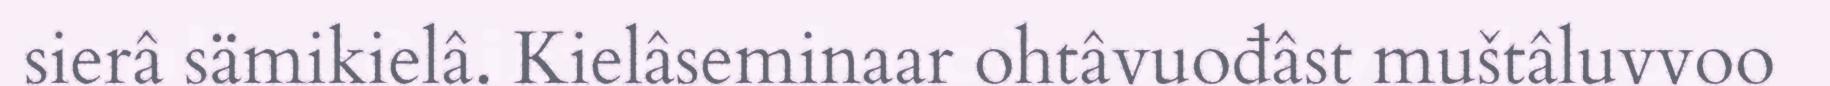
sierâ sämikielâ. Kielâseminaar ohtâvuođâst muštâluvvoo